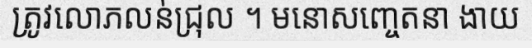
ត្រូវលោភលន់ជ្រុល ។ មនោសញ្ចេតនា ងាយ